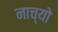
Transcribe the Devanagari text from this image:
नाच्यो